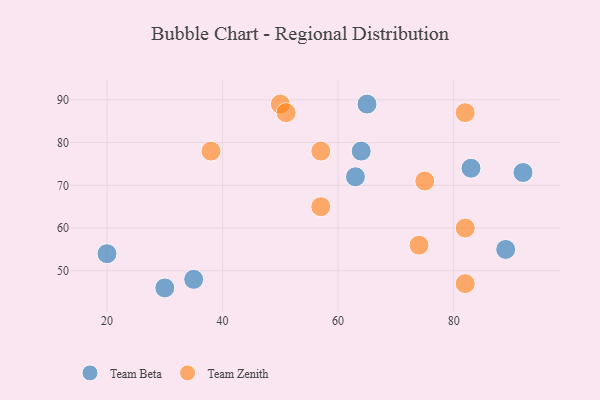
{"axis": {"x": "GDP", "y": "Life Expectancy"}, "legend": ["Team Beta", "Team Zenith"], "data": [{"x": "63", "y": 72, "type": "Team Beta"}, {"x": "20", "y": 54, "type": "Team Beta"}, {"x": "89", "y": 55, "type": "Team Beta"}, {"x": "83", "y": 74, "type": "Team Beta"}, {"x": "30", "y": 46, "type": "Team Beta"}, {"x": "35", "y": 48, "type": "Team Beta"}, {"x": "92", "y": 73, "type": "Team Beta"}, {"x": "65", "y": 89, "type": "Team Beta"}, {"x": "64", "y": 78, "type": "Team Beta"}, {"x": "38", "y": 78, "type": "Team Zenith"}, {"x": "75", "y": 71, "type": "Team Zenith"}, {"x": "82", "y": 60, "type": "Team Zenith"}, {"x": "50", "y": 89, "type": "Team Zenith"}, {"x": "51", "y": 87, "type": "Team Zenith"}, {"x": "82", "y": 47, "type": "Team Zenith"}, {"x": "57", "y": 65, "type": "Team Zenith"}, {"x": "74", "y": 56, "type": "Team Zenith"}, {"x": "82", "y": 87, "type": "Team Zenith"}, {"x": "57", "y": 78, "type": "Team Zenith"}]}